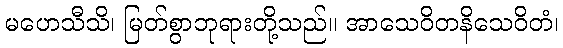
မဟေသီသိ၊ မြတ်စွာဘုရားတို့သည်။ အာသေဝိတနိသေဝိတံ၊